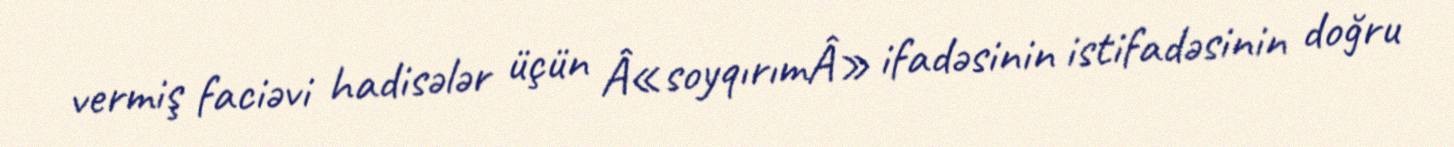
vermiş faciəvi hadisələr üçün Â«soyqırımÂ» ifadəsinin istifadəsinin doğru